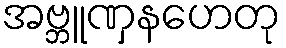
အဗ္ဘူဏှနဟေတု